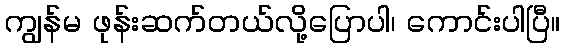
ကျွန်မ ဖုန်းဆက်တယ်လို့ပြောပါ၊ ကောင်းပါပြီ။